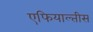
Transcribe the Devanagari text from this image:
एफियाल्तीस